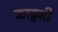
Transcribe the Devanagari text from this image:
काढुनी